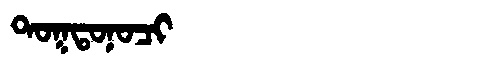
Manchu: ᡨᠣᡴᡨᠣᠨᠣᠴᡳ
Romanization: TOKTONOCI